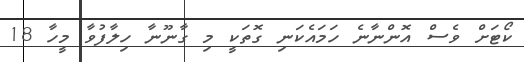
ކޯޓަށް ވެސް އޮންނާނެ ހަމައެކަނި ގޮތަކީ މި ގާނޫނާ ހިލާފުވާ މީހާ 18